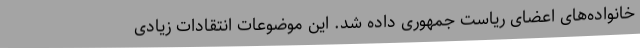
خانواده‌های اعضای ریاست جمهوری داده شد. این موضوعات انتقادات زیادی